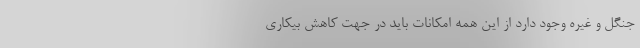
جنگل و غیره‌ وجود دارد از این همه امکانات باید در جهت کاهش بیکاری